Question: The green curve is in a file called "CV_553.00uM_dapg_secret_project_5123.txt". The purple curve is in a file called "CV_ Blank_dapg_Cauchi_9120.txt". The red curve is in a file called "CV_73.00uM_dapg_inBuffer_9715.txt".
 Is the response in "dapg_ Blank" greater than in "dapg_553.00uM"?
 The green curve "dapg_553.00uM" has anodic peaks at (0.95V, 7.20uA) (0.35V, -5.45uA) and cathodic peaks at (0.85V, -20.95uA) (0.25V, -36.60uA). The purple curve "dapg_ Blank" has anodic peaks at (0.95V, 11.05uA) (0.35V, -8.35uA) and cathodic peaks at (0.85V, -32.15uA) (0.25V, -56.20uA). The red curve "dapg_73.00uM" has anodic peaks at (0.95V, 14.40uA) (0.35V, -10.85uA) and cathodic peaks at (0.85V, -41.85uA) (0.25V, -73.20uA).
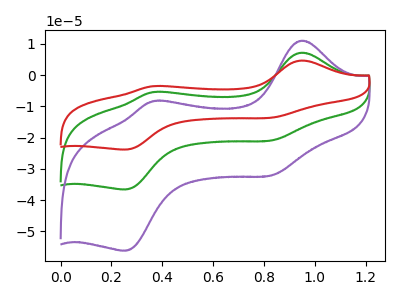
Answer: <think>All the peaks in "dapg_ Blank" have a peak in "dapg_553.00uM" at the same potential.
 </think>
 <answer>I cant tell if "dapg_ Blank" or "dapg_553.00uM" has more signal.</answer>
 <eval>mixed_signal</eval>